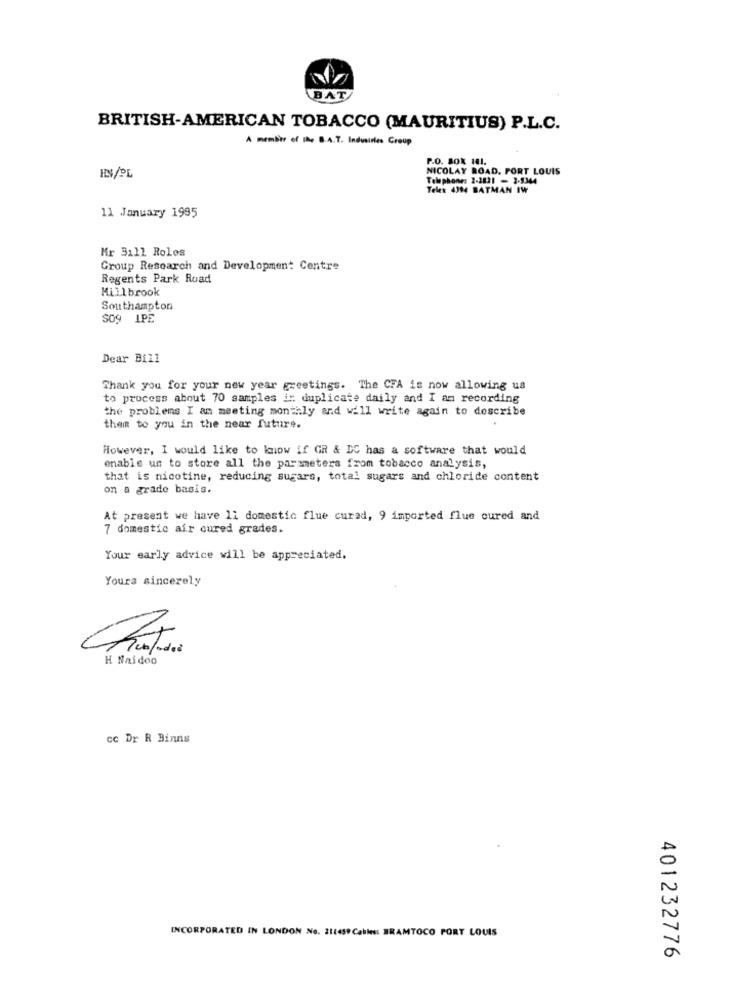
BAT
BRITISH-AMERICAN TOBACCO (MAURITIUS) P.L.C.
A member of The B.A.T. Industries Group
P.O. BOX 141.
NICOLAY ROAD. PORT LOUIS
HN/PL
Telephone: 2-2821 - 2-9344
Telex 4394 BATMAN IW
11 January 1995
Mr 3111 Rolos
Group Research and Development Centre
Regents Park Road
Millbrook
Southampton
SOY IPE
Dear Bill
Thank you for your new year greetings. The CFA is now allowing us
to process about 70 samples ir duplicate daily and I am recording
the problems I am meeting monthly and will write again to describe
them to you in the near future.
However, I would like to know if GR & DC has a software that would
enable us to store all the parameters from tobacco analysis,
that is nicotine, reducing sugars, total sugars and chloride content
on a grade basis.
At present we have 11 domestic flue curad, 9 imported flue cured and
7 domestic air cured grades.
Your early advice will be appreciated.
Yours sincerely
H Naidoo
cc Dr R Binns
INCORPORATED IN LONDON No. 214459 Cables: BRAMTOCO PORT LOUIS
401232776